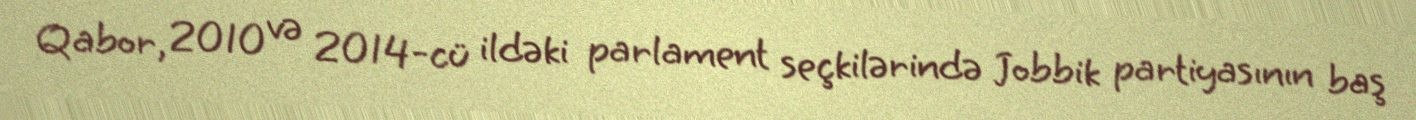
Qabor, 2010 və 2014-cü ildəki parlament seçkilərində Jobbik partiyasının baş